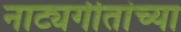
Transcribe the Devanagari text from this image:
नाट्यगीतांच्या